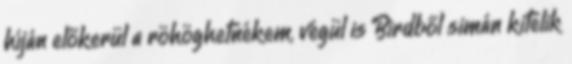
híján előkerül a röhöghetnékem, végül is Birdből simán kitelik